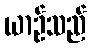
ယာဉ်သည်